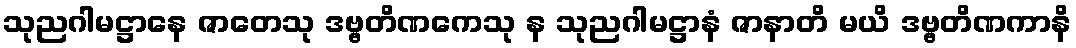
သုညဂါမဋ္ဌာနေ ဇာတေသု ဒဗ္ဗတိဏကေသု န သုညဂါမဋ္ဌာနံ ဇာနာတိ မယိ ဒဗ္ဗတိဏကာနိ